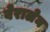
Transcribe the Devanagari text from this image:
वेरालेन